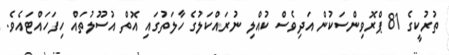
ތުރުކީގެ 81 ޕްރޮވިންސަކުން އަދިވެސް ކުއްލި ނުރައްކަލުގެ ހާލަތުގައި އޮތް އުސޫލުތައް ހިފަހައްޓައެވެ.